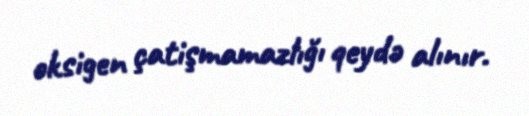
oksigen çatişmamazlığı qeydə alınır.